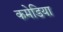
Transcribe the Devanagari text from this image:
कमेडिया